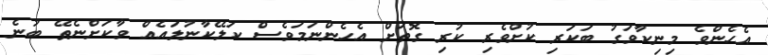
އެހެންވެ މިނިކާވަގު ބަކަރި ކުށްވެރި ކުރި ގޮތަށް އެހެންނަމަވެސް ކަލޭކާނުލައެއް ވާކަށްނެތޭ ބުނެ